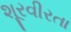
શૂરવીરતા